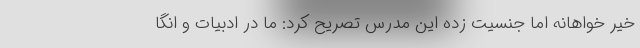
خیر خواهانه اما جنسیت زده این مدرس تصریح کرد: ما در ادبیات و انگا